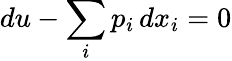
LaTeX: du-\sum_{i}p_{i}\, dx_{i}=0